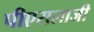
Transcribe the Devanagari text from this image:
पीएसलाजी